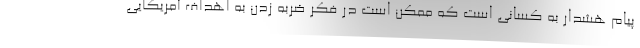
پیام هشدار به کسانی است که ممکن است در فکر ضربه زدن به اهداف آمریکایی